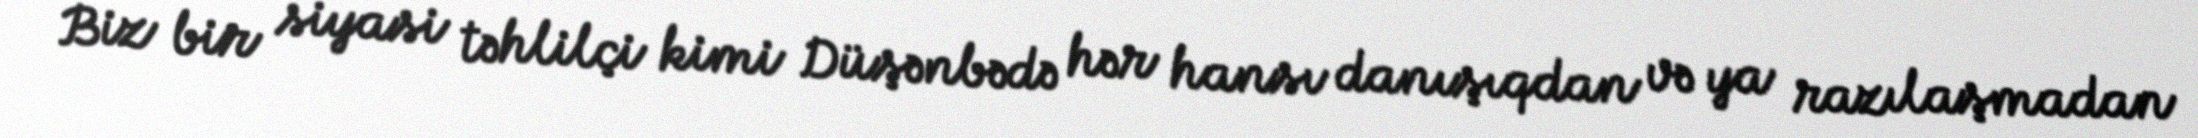
Biz bir siyasi təhlilçi kimi Düşənbədə hər hansı danışıqdan və ya razılaşmadan